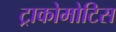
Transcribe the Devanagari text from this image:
ट्राकोमोटिस